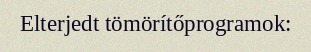
Elterjedt tömörítőprogramok: